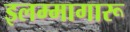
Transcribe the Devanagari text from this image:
इलम्मागारू